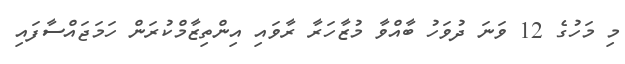
މި މަހުގެ 12 ވަނަ ދުވަހު ބާއްވާ މުޒާހަރާ ރާވައި އިންތިޒާމްކުރަން ހަމަޖައްސާފައި